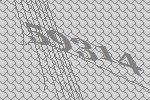
59314